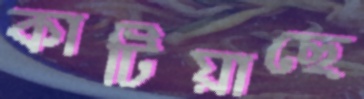
কাটিয়াছে